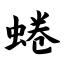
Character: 蜷